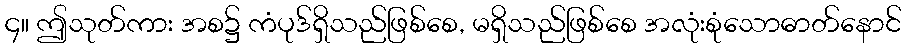
၄။ ဤသုတ်ကား အစ၌ ကံပုဒ်ရှိသည်ဖြစ်စေ, မရှိသည်ဖြစ်စေ အလုံးစုံသောဓာတ်နောင်